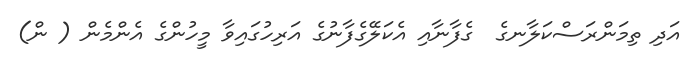
އަދި ތިމަންރަސްކަލާނގެ  ގެފާނާއި އެކަލޭގެފާނުގެ އަރިހުގައިވާ މީހުންގެ އެންމެން ( ން)